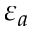
\varepsilon _ { a }